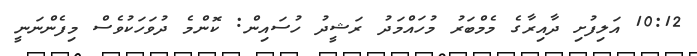
10:12 އަލިފުށި ދާއިރާގެ މެމްބަރު މުހައްމަދު ރަޝީދު ހުސައިން: ކޮންމެ ދުވަހަކުވެސް މިފެންނަނީ